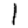
Digit: 1